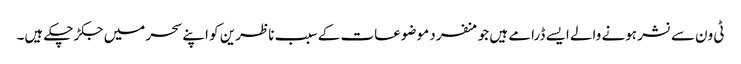
ٹی ون سے نشر ہونے والے ایسے ڈرامے ہیں جو منفرد موضوعات کے سبب ناظرین کو اپنے سحر میں جکڑ چکے ہیں۔